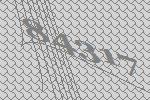
84317